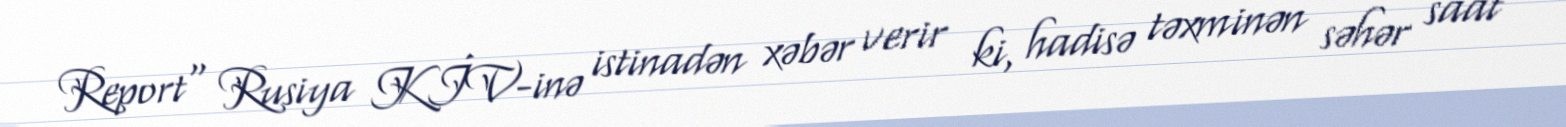
Report" Rusiya KİV-inə istinadən xəbər verir ki, hadisə təxminən səhər saat